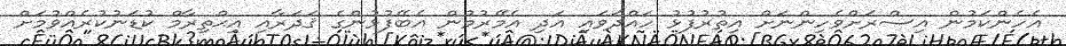
އެހެންކަމުން އިސްރަށްވެހިންނަށް އިތުރުފުޅު ހައްދަވައި އަދި އެމޭރުމުން އެބޭފުޅުންގެ ޤަދަރާއި އިޙްތިރާމް ކުޑަނުކުރެއްވުމަށް